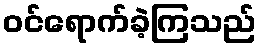
ဝင်ရောက်ခဲ့ကြသည်